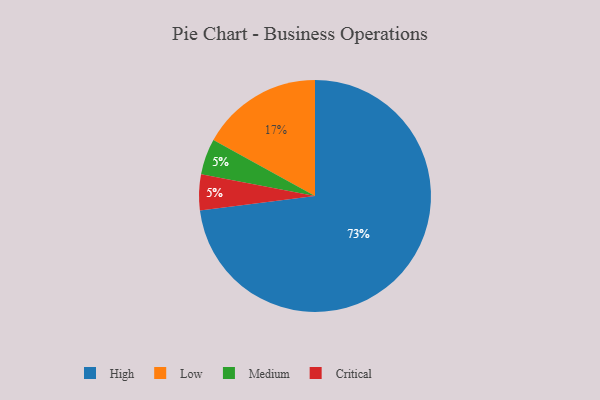
{"axis": {"x": "Category", "y": "Percentage"}, "legend": ["Critical", "High", "Low", "Medium"], "data": [{"x": "Medium", "y": 5, "type": "Medium"}, {"x": "Critical", "y": 5, "type": "Critical"}, {"x": "High", "y": 73, "type": "High"}, {"x": "Low", "y": 17, "type": "Low"}]}